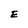
Character: E